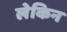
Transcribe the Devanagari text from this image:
लेकिन